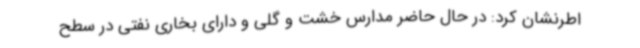
اطرنشان کرد: در حال حاضر مدارس خشت و گلی و دارای بخاری نفتی در سطح